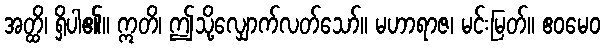
အတ္ထိ၊ ရှိပါ၏။ ဣတိ၊ ဤသို့လျှောက်လတ်သော်။ မဟာရာဇ၊ မင်းမြတ်။ ဧဝမေဝ